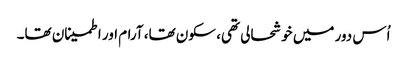
اُس دور میں خوشحالی تھی، سکون تھا، آرام اور اطمینان تھا۔